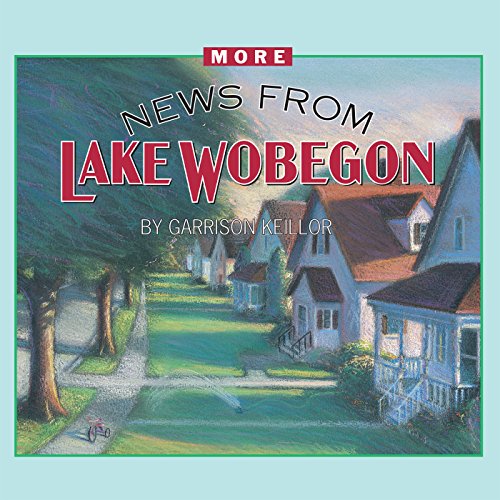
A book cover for More News from Lake Wobegon; Garrison Keillor; Humor & Entertainment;